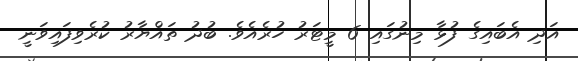
އަދި އެބައިގެ ފުޅާ މިނުގައި 6 މީޓަރު ހުރެއެވެ. ބުދު ތައްޔާރު ކުރެވިފައިވަނީ